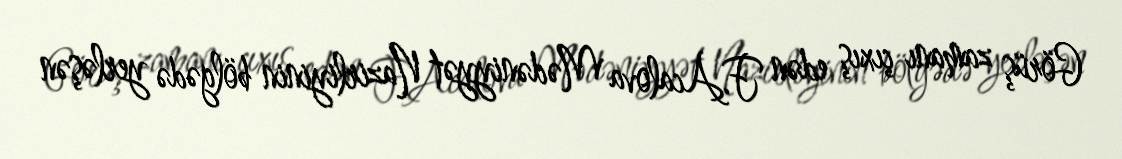
Görüş zamanı çıxış edən F.Acalova Mədəniyyət Nazirliyinin bölgədə yerləşən